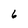
Character: 6